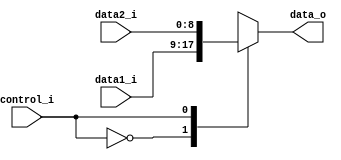
module MUX8(
	data1_i,
	data2_i,
	control_i,
	data_o	
);

input [8:0] data1_i, data2_i;
input control_i;
output reg [8:0] data_o;

always@(data1_i or data2_i or control_i) begin
	case(control_i) 
		1'b0: data_o = data1_i;
		1'b1: data_o = data2_i;
	endcase
end

endmodule